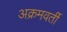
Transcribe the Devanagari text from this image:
अक्रमवर्ती